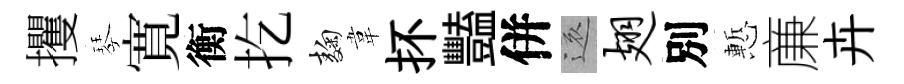
攫琴寛衡扢麹韋抔豔併還翅別慙亷卉